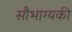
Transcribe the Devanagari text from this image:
सौभाग्यकी